Annual statistical returns and brief notes on vaccination in Bengal - 1887-1898
Year: 1887
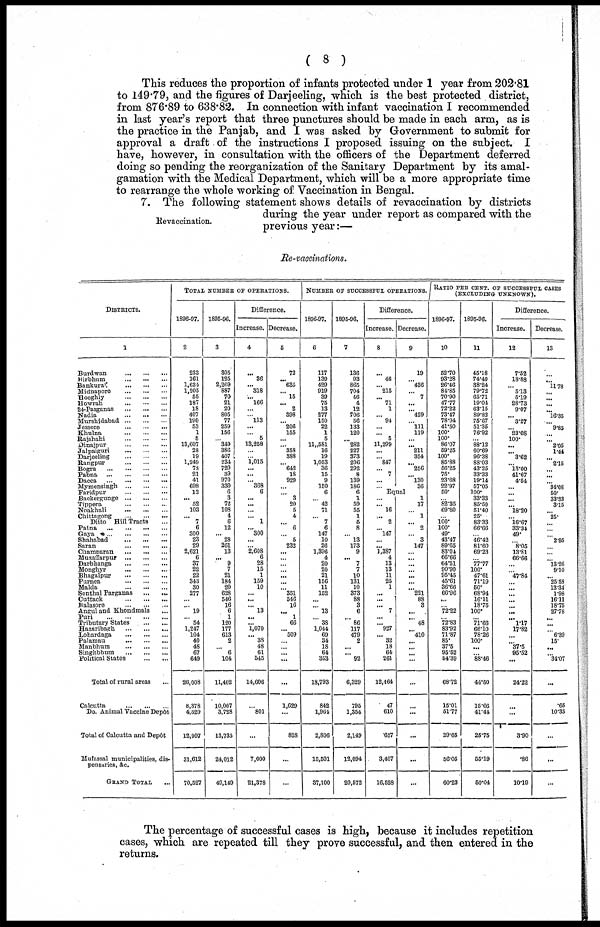
( 8 )
This reduces the proportion of infants protected under 1 year from 202.81
to 149.79, and the figures of Darjeeling, which is the best protected district,
from 876.89 to 638.82. In connection with infant vaccination I recommended
in last year's report that three punctures should be made in each arm, as is
the practice in the Panjab, and I was asked by Government to submit for
approval a draft of the instructions I proposed issuing on the subject. I
have, however, in consultation with the officers of the Department deferred
doing so pending the reorganization of the Sanitary Department by its amal-
gamation with the Medical Department, which will be a more appropriate time
to rearrange the whole working of Vaccination in Bengal.
Revaccination.
7. The following statement shows details of revaccination by districts
during the year under report as compared with the
previous year:—
Re-vaccinations.
DISTRICTS.
1
Burdwan
...
...
...
Birbhum ... ... ...
Bankura
...
...
...
Midnapore
...
...
...
Hooghly
...
...
...
Howrah
...
...
...
24-Parganas
...
...
...
Nadia
...
... ...
Murshidabad
...
...
...
Jessore
...
...
...
Khulna
...
...
...
Rajshahi
...
...
...
Dinajpur
...
...
...
Jalpaiguri
...
...
...
Darjeeling
...
...
...
Rangpur
...
...
...
Bogra
...
...
...
Pabna
...
...
...
...
Dacca
...
...
...
...
Mymensingh
...
...
...
Faridpur
...
...
...
Backergunge
...
...
...
Tippera
...
...
...
Noakhali
...
...
...
Chittagong
...
...
...
Ditto Hill Tracts ...
Patna
...
...
...
...
Gaya
...
...
...
...
Shababad
...
...
...
Saran
...
...
...
Champaran
...
...
...
Muzaffarpur
...
...
...
Darbhanga
...
...
...
Monghyr
...
...
...
Bhagalpur
...
...
...
Purnea
...
...
...
Malda
...
...
...
Sonthal Parganas
...
...
Cuttack
...
...
...
Balasore
...
...
...
Angul and Khondmals ...
Puri
...
...
...
...
Tributary States
...
...
Hazaribagh
...
...
...
Lohardaga
...
...
...
Palamau ... ... ...
Manbhum
...
...
...
Singhbhum
...
...
...
Political States
...
...
Total of rural areas ...
Calcutta
...
...
...
Do. Animal Vaccine Depôt
Total of Calcutta and Depôt
Mufassal municipalities, dis-
pensaries, &c.
GRAND TOTAL ...
TOTAL NUMBER OF OPERATIONS.
1896-97.
2
233
161
1,634
1,205
55
187
18
407
190
53
1
5
13,607
28
19
1,249
78
21
41
698
12
... 52
103
... 7
6
300
23
29
2,621
6
37
22
22
343
30
277
...
... 19
... 54
1,247
104
40
48
67
649
26,008
8,378
4,529
12,907
31,612
70,527
1895-96.
3
305
125
2,269
887
70
21
20
805
77
259
156
...
849
386
407
234
720
39
970
330
6
3
72
108
4
6
12
... 28
261
13
... 9
7
21
184
20
628
546
16
6
1
120
177
613
2
... 6
104
11,402
10,007
3,728
13,735
24,012
49,149
Difference.
Increase.
4
...
36
... 318
... 166
...
... 113
...
... 5
13,258
...
...
1,015
...
...
... 368
6
...
...
...
... 1
... 300
...
...
2,608
6
28
15
1
159
10
...
...
... 13
...
... 1,070
... 38
48
61
545
14,606
...
801
...
7,600
21,378
Decrease.
5
72
... 635
... 15
... 2
398
... 206
155
...
... 358
388
... 642
18
929
...
... 3
20
5
4
... 6
...
5
232
...
...
... ...
...
...
... 351
546
16
...
1
66
... 509
...
...
...
...
...
1,629
...
828
...
...
NUMBER OF SUCCESSFUL OPERATIONS.
1896-97.
6
117
139
429
919
39
75
13
277
150
22
1
5
11,581
16
19
1,053
36
15
9
150
6
... 42
71
... 7
6
147
10
26
1,396
4
20
20
21
156
11
152
... ...
13
... 38
1,044
69
34
18
64
353
18,793
842
1,964
2,806
15,501
37,100
1895-96.
7
136
93
865
704
46
4
12
706
56
133
120
...
282
227
373
206
292
8
139
186
6
1
59
55
1
5
8
... 13
173
9
... 7
7
10
131
10
373
88
3
6
... 86
117
479
2
...
... 92
6,329
795
1,354
2,149
12,094
20,572
Difference.
Increase.
8
...
46
... 215
... 71
1
... 94
...
... 5
11,299
...
... 847
... 7
...
...
Decrease.
9
19
... 436
... 7
...
... 429
... 111
119
...
... 211
354
... 256
...
130
36
Equal
...
... 16
.. 2
... 147
...
... 1,387
4
13
13
11
25
1
...
...
... 7
...
... 927
... 32
18
64
261
12,464
47
610
657
3,407
16,528
1
17
...
1
... 2
... 3
147
...
...
...
...
...
...
... 221
88
3
...
... 48
... 410
... ...
...
...
...
...
...
...
...
...
RATIO PER CENT. OF SUCCESSFUL CASES
(EXCLUDING UNKNOWN).
1896-97.
10
52.70
93.28
26.46
84.85
70.90
47.77
72.22
73.47
78.94
41.50
100.
100.
86.07
59.25
100.
85.88
56.25
75.
23.68
22.97
50.
... 82.35
69.60
... 100.
100.
49.
43.47
89.65
83.04
66.66
64.51
90.90
95.45
45.61
36.66
66.96
...
... 72.22
... 72.83
83.92
71.87
85.
37.5
95.52
54.39
68.72
15.01
51.77
29.65
56.05
60.23
1895-96.
11
45.18
74.40
38.24
79.72
65.71
19.04
63.15
89.82
75.67
51.35
76.92
... 88.12
60.69
96.38
88.03
43.25
33.33
19.14
57.05
100.
33.33
85.50
51.40
25.
83.33
66.66
... 46.42
81.60
69.23
...
77.77
100.
47.61
71.19
50.
68.94
16.11
18.75
100.
... 71.66
66.10
78.26
100.
...
... 88.46
44.50
15.66
41.44
25.75
55.19
50.04
Difference.
Increase.
12
7.52
18.88
... 5.13
5.19
28.73
9.07
... 3.27
... 23.08
100.
...
... 3.62
... 13.00
41.67
4.54
... ...
...
... 18.20
...
16.67
33.34
49.
...
8.05
13.81
66.66
...
... 47.84
...
... ...
... ...
...
... 1.17
17.82
...
... 37.5
95.52
...
24.22
...
...
3.90
.86
10.19
Decrease.
13
...
... 11.78
...
...
... ... 16.35
... 9.85
... ... 2.05
1.44
... 2.16
... ...
... 34.08
50.
33.33
3.15
... 25.
...
...
... 2.95
... ...
... 13.26
9.10
... 25.58
13.34
1.98
16.11
18.75
27.78
...
...
...
6.39
15.
...
... 34.07
...
.65
10.33
...
...
...
The percentage of successful cases is high, because it includes repetition
cases, which are repeated till they prove successful, and then entered in the
returns.